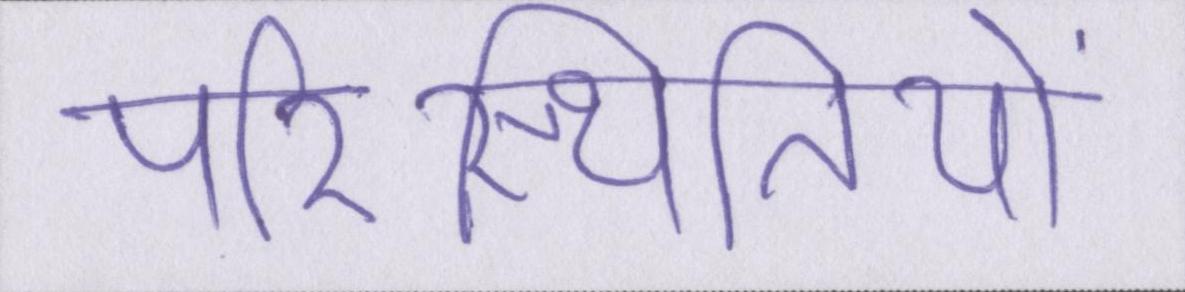
परिस्थितियों